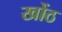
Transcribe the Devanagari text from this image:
खोंठ